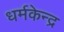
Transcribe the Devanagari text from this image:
धर्मकेन्द्र